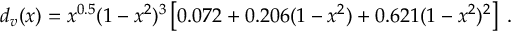
d _ { v } ( x ) = x ^ { 0 . 5 } ( 1 - x ^ { 2 } ) ^ { 3 } \left[ 0 . 0 7 2 + 0 . 2 0 6 ( 1 - x ^ { 2 } ) + 0 . 6 2 1 ( 1 - x ^ { 2 } ) ^ { 2 } \right] \; .